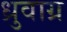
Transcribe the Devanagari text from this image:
ध्रुवाग्र